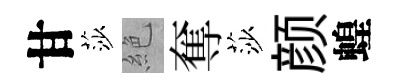
甘莎絶奪莎颜蝗